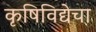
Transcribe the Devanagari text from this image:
कृषिविद्येचा